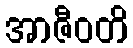
အာဇီဝတိ